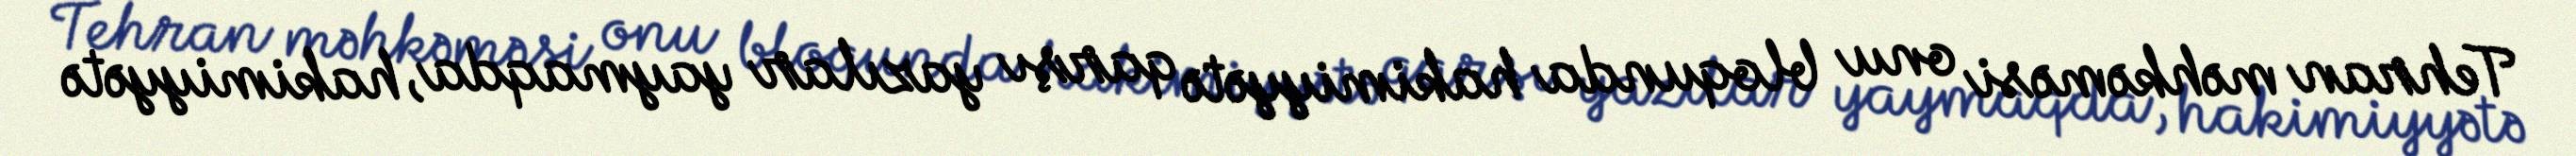
Tehran məhkəməsi onu bloqunda hakimiyyətə qarşı yazılar yaymaqda, hakimiyyətə